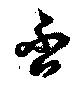
否